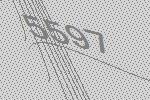
5597